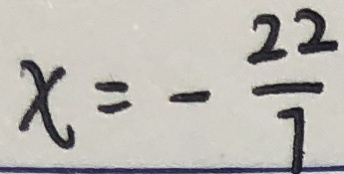
x = - \frac { 2 2 } { 7 }